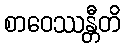
စာဝေဿန္တီတိ